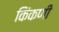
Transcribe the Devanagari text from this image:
किंकणी